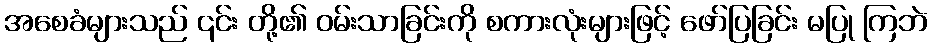
အစေခံများသည် ၎င်း တို့၏ ဝမ်းသာခြင်းကို စကားလုံးများဖြင့် ဖော်ပြခြင်း မပြု ကြဘဲ